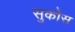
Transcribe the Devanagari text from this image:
सुकोस